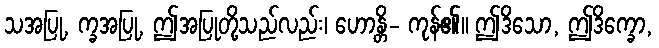
သအပြု, က္ခအပြု, ဤအပြုတို့သည်လည်း၊ ဟောန္တိ- ကုန်၏။ ဤဒိသော, ဤဒိက္ခော,